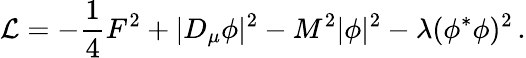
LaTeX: {\cal L}=-{\frac{1}{4}}F^{2}+|D_{\mu}\phi|^{2}-M^{2}|\phi|^{2}-\lambda(\phi^{*}\phi)^{2}\, .